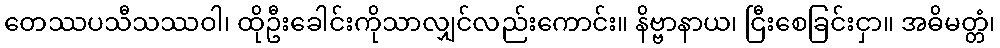
တေဿပသီသဿဝါ၊ ထိုဦးခေါင်းကိုသာလျှင်လည်းကောင်း။ နိဗ္ဗာနာယ၊ ငြီးစေခြင်းငှာ။ အဓိမတ္တံ၊